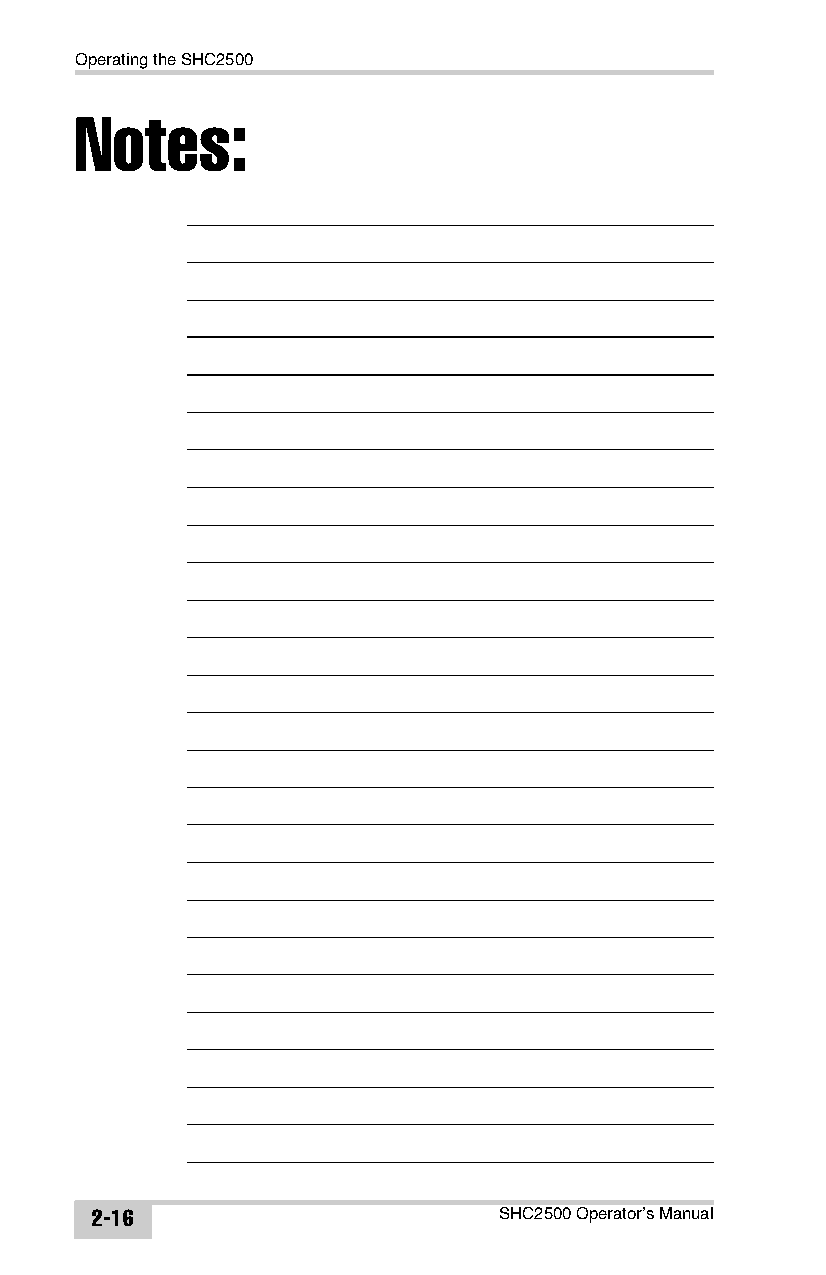
Operating the SHC2500
 Notes:
 2-16                       SHC2500 Operator’s Manual